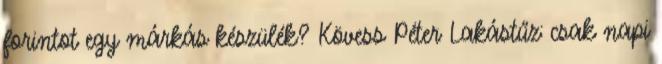
forintot egy márkás készülék? Kövess Péter Lakástűz: csak napi